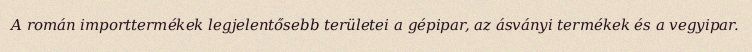
A román importtermékek legjelentősebb területei a gépipar, az ásványi termékek és a vegyipar.